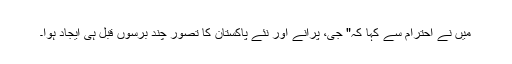
میں نے احترام سے کہا کہ" جی، پُرانے اور نئے پاکستان کا تصور چند برسوں قبل ہی ایجاد ہوا۔